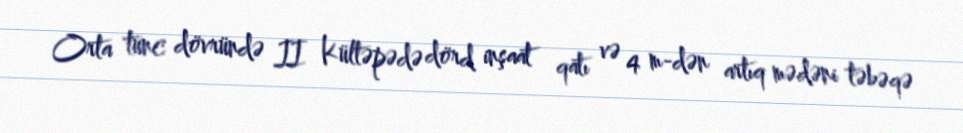
Orta tunc dövründə II Kültəpədə dörd inşaat qatı və 4 m-dən artıq mədəni təbəqə